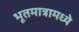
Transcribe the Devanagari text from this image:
भूतमात्रामध्ये